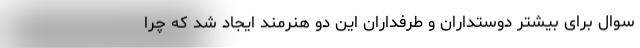
سوال برای بیشتر دوستداران و طرفداران این دو هنرمند ایجاد شد که چرا